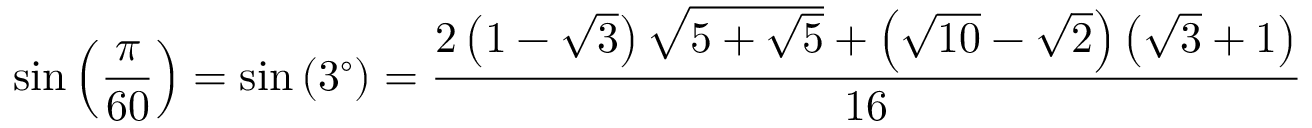
\sin \left( { \frac { \pi } { 6 0 } } \right) = \sin \left( 3 ^ { \circ } \right) = { \frac { 2 \left( 1 - { \sqrt { 3 } } \right) { \sqrt { 5 + { \sqrt { 5 } } } } + \left( { \sqrt { 1 0 } } - { \sqrt { 2 } } \right) \left( { \sqrt { 3 } } + 1 \right) } { 1 6 } }